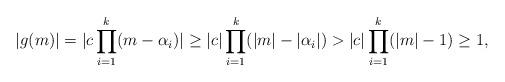
LaTeX: \begin{align*}|g(m)| &= |c\prod\limits_{i=1}^{k}(m - \alpha_i)| \geq |c|\prod\limits_{i=1}^{k}(|m| - |\alpha_i|) > |c|\prod\limits_{i=1}^{k}(|m| - 1) \geq 1,\end{align*}